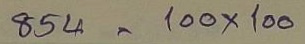
854 = 100x100